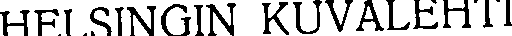
HELSINGIN KUVALEHTI